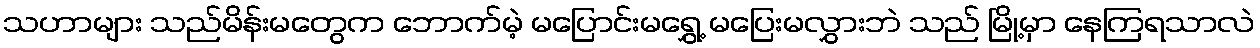
သဟာများ သည်မိန်းမတွေက ဘောက်မဲ့ မပြောင်းမရွှေ့ မပြေးမလွှားဘဲ သည် မြို့မှာ နေကြရသာလဲ